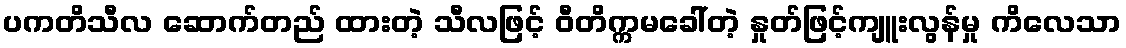
ပကတိသီလ ဆောက်တည် ထားတဲ့ သီလဖြင့် ဝီတိက္ကမခေါ်တဲ့ နှုတ်ဖြင့်ကျူးလွန်မှု ကိလေသာ